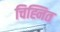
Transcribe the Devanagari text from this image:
चिह्नित